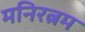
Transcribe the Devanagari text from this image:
मनिरत्नम